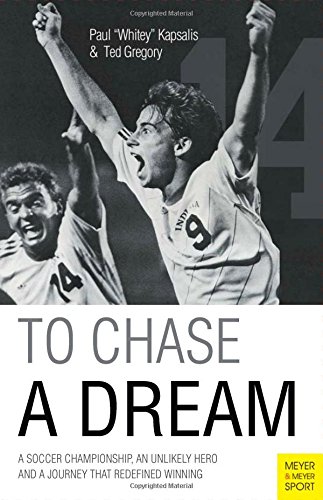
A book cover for To Chase A Dream: A Soccer Championship, An Unlikely Hero and A Journey That Re-Defined Winning (Meyer & Meyer Sport); Paul (Whitey) Kapsalis; Biographies & Memoirs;